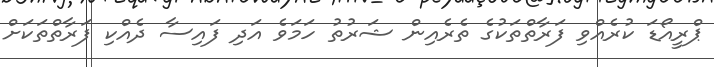
ޕްރީއޯޑަ ކުރެއްވި ފަރާތްތަކުގެ ތެރެއިން ޝަރުތު ހަމަވެ އަދި ފައިސާ ދެއްކި ފަރާތްތަކަށް